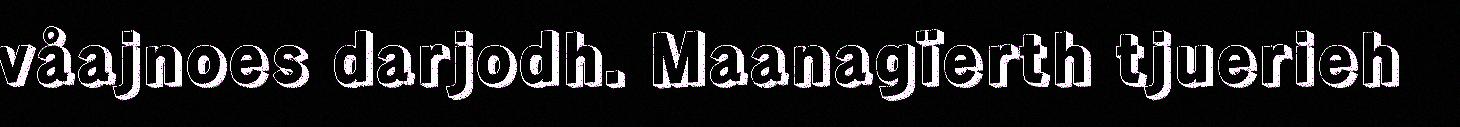
våajnoes darjodh. Maanagïerth tjuerieh